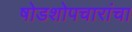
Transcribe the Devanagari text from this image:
षोडशोपचारांचा